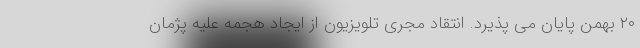
۲۰ بهمن پایان می پذیرد. انتقاد مجری تلویزیون از ایجاد هجمه علیه پژمان